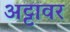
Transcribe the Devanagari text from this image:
अट्टावर